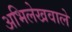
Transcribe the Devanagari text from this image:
अभिलेखवाले